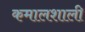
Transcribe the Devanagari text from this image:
कमालशाली